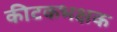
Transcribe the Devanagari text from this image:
कीटकभक्षक